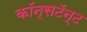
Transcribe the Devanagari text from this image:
कॉन्सटॅन्ट